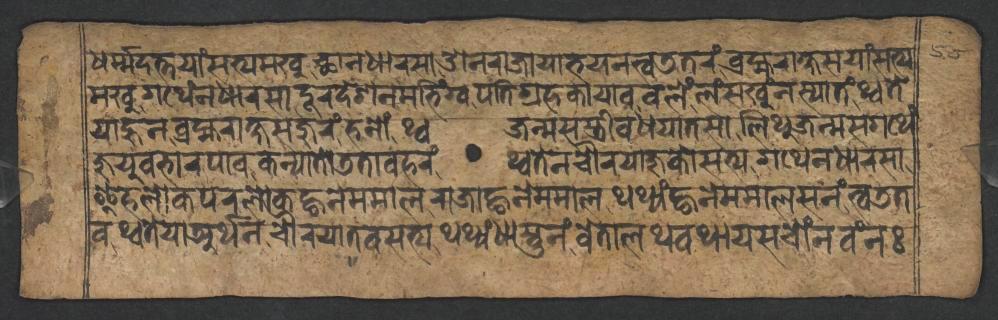
𑐢𑐬𑑂𑐩𑑂𑐩𑐡𑐟𑑂𑐟𑐫𑐵𑑄𑐳𑐟𑑂𑐫𑐩𑐏𑐸𑐕𑐵𑐣𑐢𑐵𑐬𑐳𑐵𑐌𑐣𑐬𑐵𑐖𑐵𑐫𑐵𑐨𑐫𑐣𑐟𑑂𑐰𑐜𑐟𑐬𑑄𑐧𑑂𑐬𑐴𑑂𑐩𑐬𑐵𑐎𑑂𑐲𑐳𑐫𑐵𑑄𑐳𑐟𑑂𑐫 𑐩𑐏𑐸𑐐𑐠𑐾𑑄𑐣𑐢𑐵𑐬𑐳𑐵𑐡𑐹𑐬𑐡𑐾𑐱𑐣𑐩𑐨𑐶𑑄𑐐𑑂𑐰𑐥𑐟𑐶𑐐𑑂𑐬𑐴𑐎𑐵𑐫𑐵𑐰𑐰𑐮𑐾𑑄𑐮𑑄𑐳𑐏𑐸𑑄𑐣𑐳𑑂𑐫𑐵𑐟𑑄𑐠𑑂𑐰𑐟𑐾 𑐫𑐵𑐴𑐸𑐣𑐧𑑂𑐬𑐴𑑂𑐩𑐬𑐵𑐎𑑂𑐱𑐳𑐖𑐸𑐬𑑄𑐴𑐣𑑀𑑄𑐠𑑂𑐰𑐖𑐣𑑂𑐩𑐳𑐳𑑂𑐟𑑂𑐬𑐷𑐰𑐢𑐫𑐵𑐟𑐳𑐵𑐮𑐶𑐠𑐸𑐖𑐣𑑂𑐩𑐳𑐐𑐠𑐾𑑄 𑐖𑐸𑐫𑐸𑐰𑐨𑐵𑐬𑐥𑐵𑐰𑐎𑐣𑑂𑐫𑐵𑐟𑑀𑐜𑐟𑐵𑐰𑐴𑐬𑑄𑐠𑑂𑐰𑐟𑐾𑐣𑐔𑑁𑐬𑐫𑐵𑐖𑐸𑐎𑑀𑐳𑐟𑑂𑐫𑐐𑐠𑐾𑐣𑐢𑐵𑐬𑐳𑐵 𑐂𑐴𑐮𑑀𑐎𑐥𑐬𑐮𑑀𑐎𑐒𑑂𑐴𑐣𑐾𑐩𑐩𑐵𑐮𑐬𑐵𑐖𑐵𑐒𑑂𑐴𑐣𑐾𑐩𑐩𑐵𑐮𑐠𑐠𑑂𑐫𑑄𑐒𑑂𑐴𑐣𑐾𑐩𑐩𑐵𑐮𑐳𑐣𑑄𑐟𑑂𑐰𑐜𑐟 𑐰𑐠𑑂𑐰𑐟𑐾𑐫𑐵𑐀𑐬𑑂𑐠𑐣𑐔𑑁𑐬𑐫𑐵𑐟𑐰𑐳𑐟𑑂𑐫𑐠𑐠𑑂𑐫𑑄𑐢𑐵𑐳𑑂𑐟𑐸𑐣𑑄𑐰𑐾𑐟𑐵𑐮𑐠𑐰𑐠𑐵𑐫𑐳𑐔𑑀𑑄𑐣𑐰𑑄𑐣𑑅